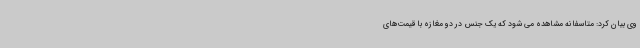
وی بیان کرد: متاسفانه مشاهده می شود که یک جنس در دو مغازه با قیمت‌های